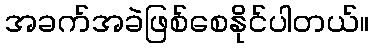
အခက်အခဲဖြစ်စေနိုင်ပါတယ်။